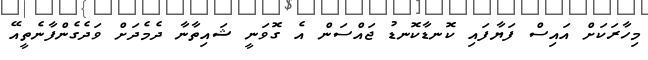
މިހާރަކަށް އައިސް ފަޔާފައި ކޮނޑާކޮނޑު ޖައްސަން އެ ގޮވަނީ ޝައިތާނާ ދެމެދަށް ވަދެގެންފާނެތީއޭ